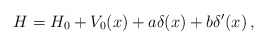
\begin{align*} H=H_0+V_0(x)+a\delta(x)+b\delta'(x)\,,\end{align*}